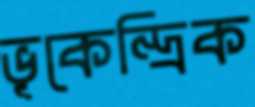
ভূকেন্দ্রিক